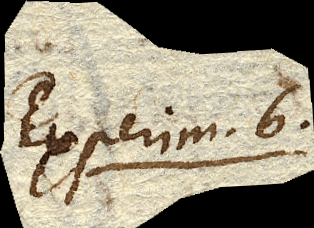
Experim. 6.